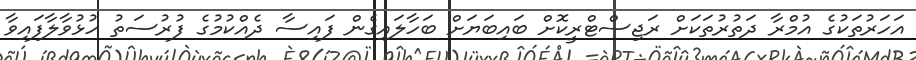
އަހަރުތަކުގެ އުމްރާ ދަތުރުތަކަށް ރަޖިސްޓްރީކޮށް ބައިބަޔަށް ބަހާލައިގެން ފައިސާ ދެއްކުމުގެ ފުރުސަތު ހުޅުވާލާފައިވާ